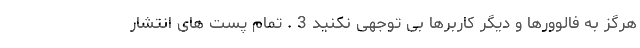
هرگز به فالوورها و دیگر کاربرها بی توجهی نکنید 3 . تمام پست های انتشار